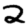
Digit: 2